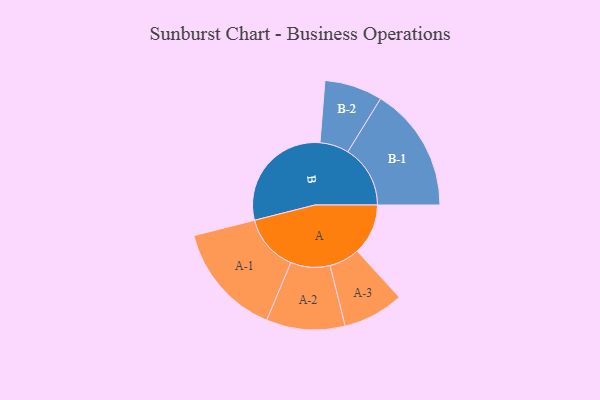
{"axis": {"x": "Segment", "y": "Value"}, "legend": ["", "A", "B"], "data": [{"x": "A", "y": 216, "type": ""}, {"x": "B", "y": 494, "type": ""}, {"x": "A-1", "y": 241, "type": "A"}, {"x": "A-2", "y": 167, "type": "A"}, {"x": "A-3", "y": 129, "type": "A"}, {"x": "B-1", "y": 265, "type": "B"}, {"x": "B-2", "y": 123, "type": "B"}]}